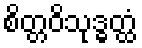
စိတ္တဝိသုဒ္ဓတ္ထံ